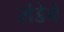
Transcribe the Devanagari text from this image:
संडेचे